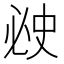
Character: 𰑗